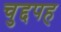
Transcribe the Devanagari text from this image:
चुद्दपह